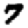
Digit: 7